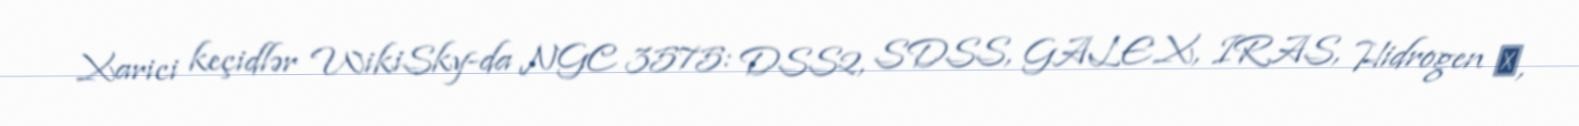
Xarici keçidlər WikiSky-da NGC 3575: DSS2, SDSS, GALEX, IRAS, Hidrogen α,